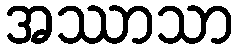
အဿာသာ